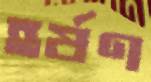
হর্ষণ